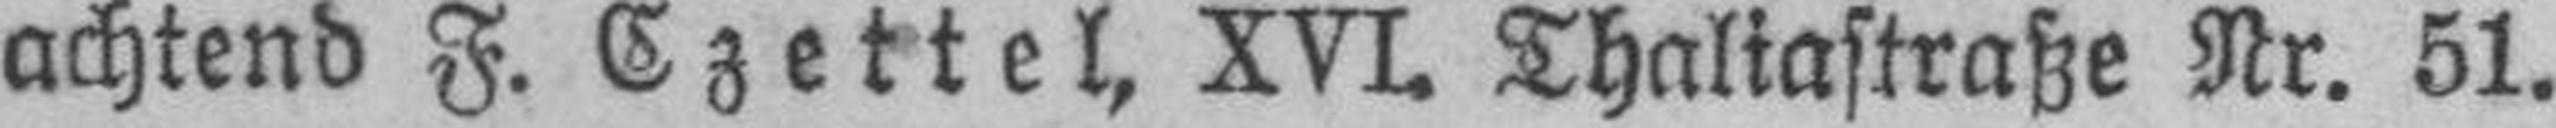
achtend F. Czettel, XVI. Thaliastraße Nr. 51.